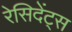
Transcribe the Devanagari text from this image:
रेसिदेंट्स